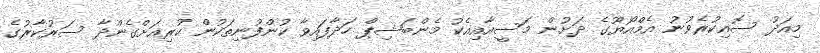
މިއަދު ސޮއިކުރެވުނު އެމްއޯޔޫގެ ދަށުން މަސީއާއިއެކު މެންބަޝިޕް ހަދާފައިވާ ކުންފުނިތަކުން ކުރިއަށްގެންދާ ސަރުކާރުގެ